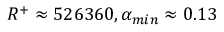
R ^ { + } \approx 5 2 6 3 6 0 , \alpha _ { m i n } \approx 0 . 1 3